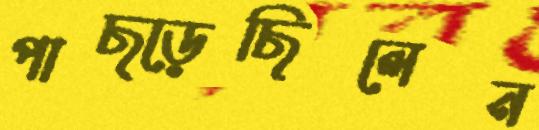
পাছ্‌ড়েছিলেন